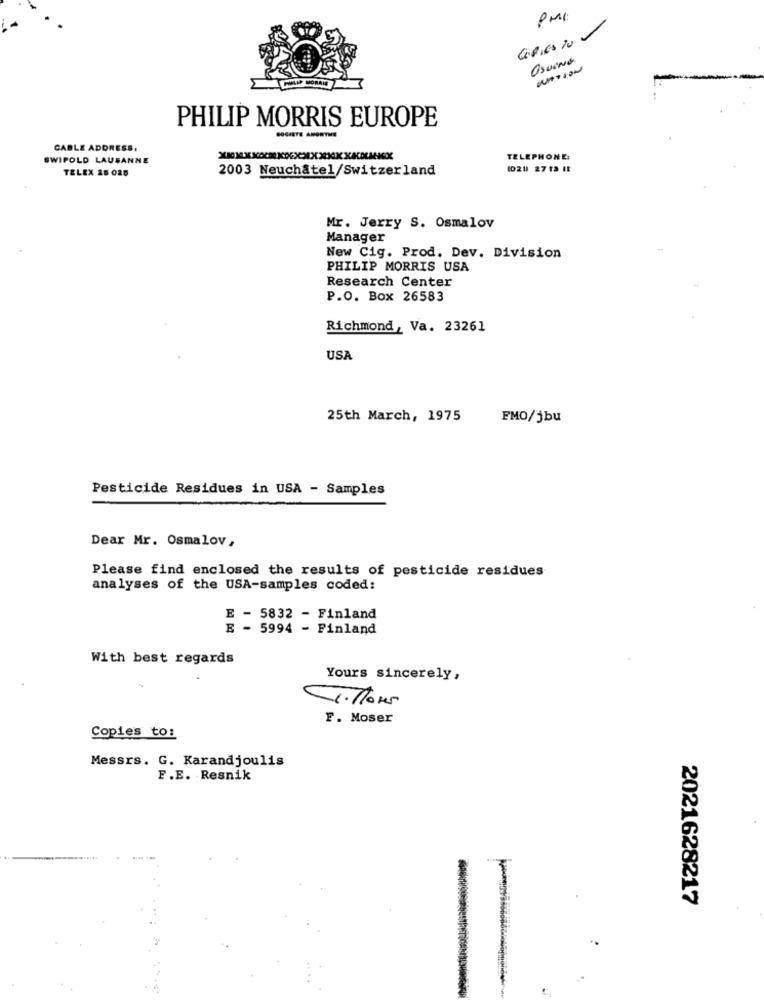
PMI
CORICATO
OsUNG
PHILIP MORRIS EUROPE
SOCIETE ANONYME
CABLE ADDRESS.
SWIPOLD LAUSANNE
TELEPHONE:
TELEX 28 028
2003 Neuchâtel/Switzerland
(021 2713 IE
Mr. Jerry S. Osmalov
Manager
New Cig. Prod. Dev. Division
PHILIP MORRIS USA
Research Center
P.O. Box 26583
Richmond, Va. 23261
USA
25th March, 1975
FMO/jbu
Pesticide Residues in USA - Samples
Dear Mr. Osmalov,
Please find enclosed the results of pesticide residues
analyses of the USA-samples coded:
- 5832 - Finland
- 5994 - Finland
With best regards
Yours sincerely,
F. Moser
Copies to:
Messrs. G. Karandjoulis
F.E. Resnik
2021628217